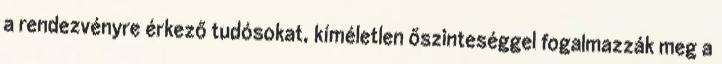
a rendezvényre érkező tudósokat, kíméletlen őszinteséggel fogalmazzák meg a